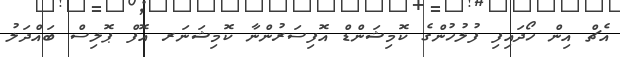
އެޗް އިން ހޯދައިފި ފުލުހުންގެ ކޮމިޝަންޑް އޮފިސަރުންނާ ކޮމިޝަނަރ އޮފް ޕޮލިސް ބައްދަލު